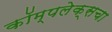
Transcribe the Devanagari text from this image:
कॉम्पलेक्सचा